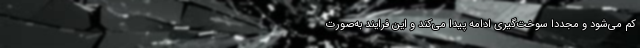
کم می‌شود و مجددا سوخت‌گیری ادامه پیدا می‌کند و این فرایند به‌صورت